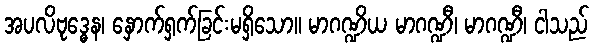
အပလိဗုဒ္ဓေန၊ နှောက်ရှက်ခြင်းမရှိသော။ မာဂဏ္ဍိယ မာဂဏ္ဍီ၊ မာဂဏ္ဍီ၊ ငါသည်